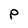
Character: P